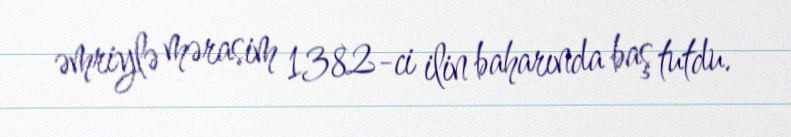
əmriylə mərasim 1382-ci ilin baharında baş tutdu.